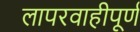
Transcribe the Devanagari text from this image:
लापरवाहीपूर्ण